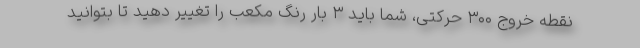
نقطه خروج ۳۰۰ حرکتی، شما باید ۳ بار رنگ مکعب را تغییر دهید تا بتوانید